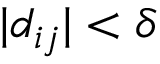
| d _ { i j } | < \delta